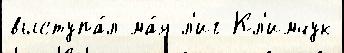
выступа́л ма́я л'иг Кл'имчук